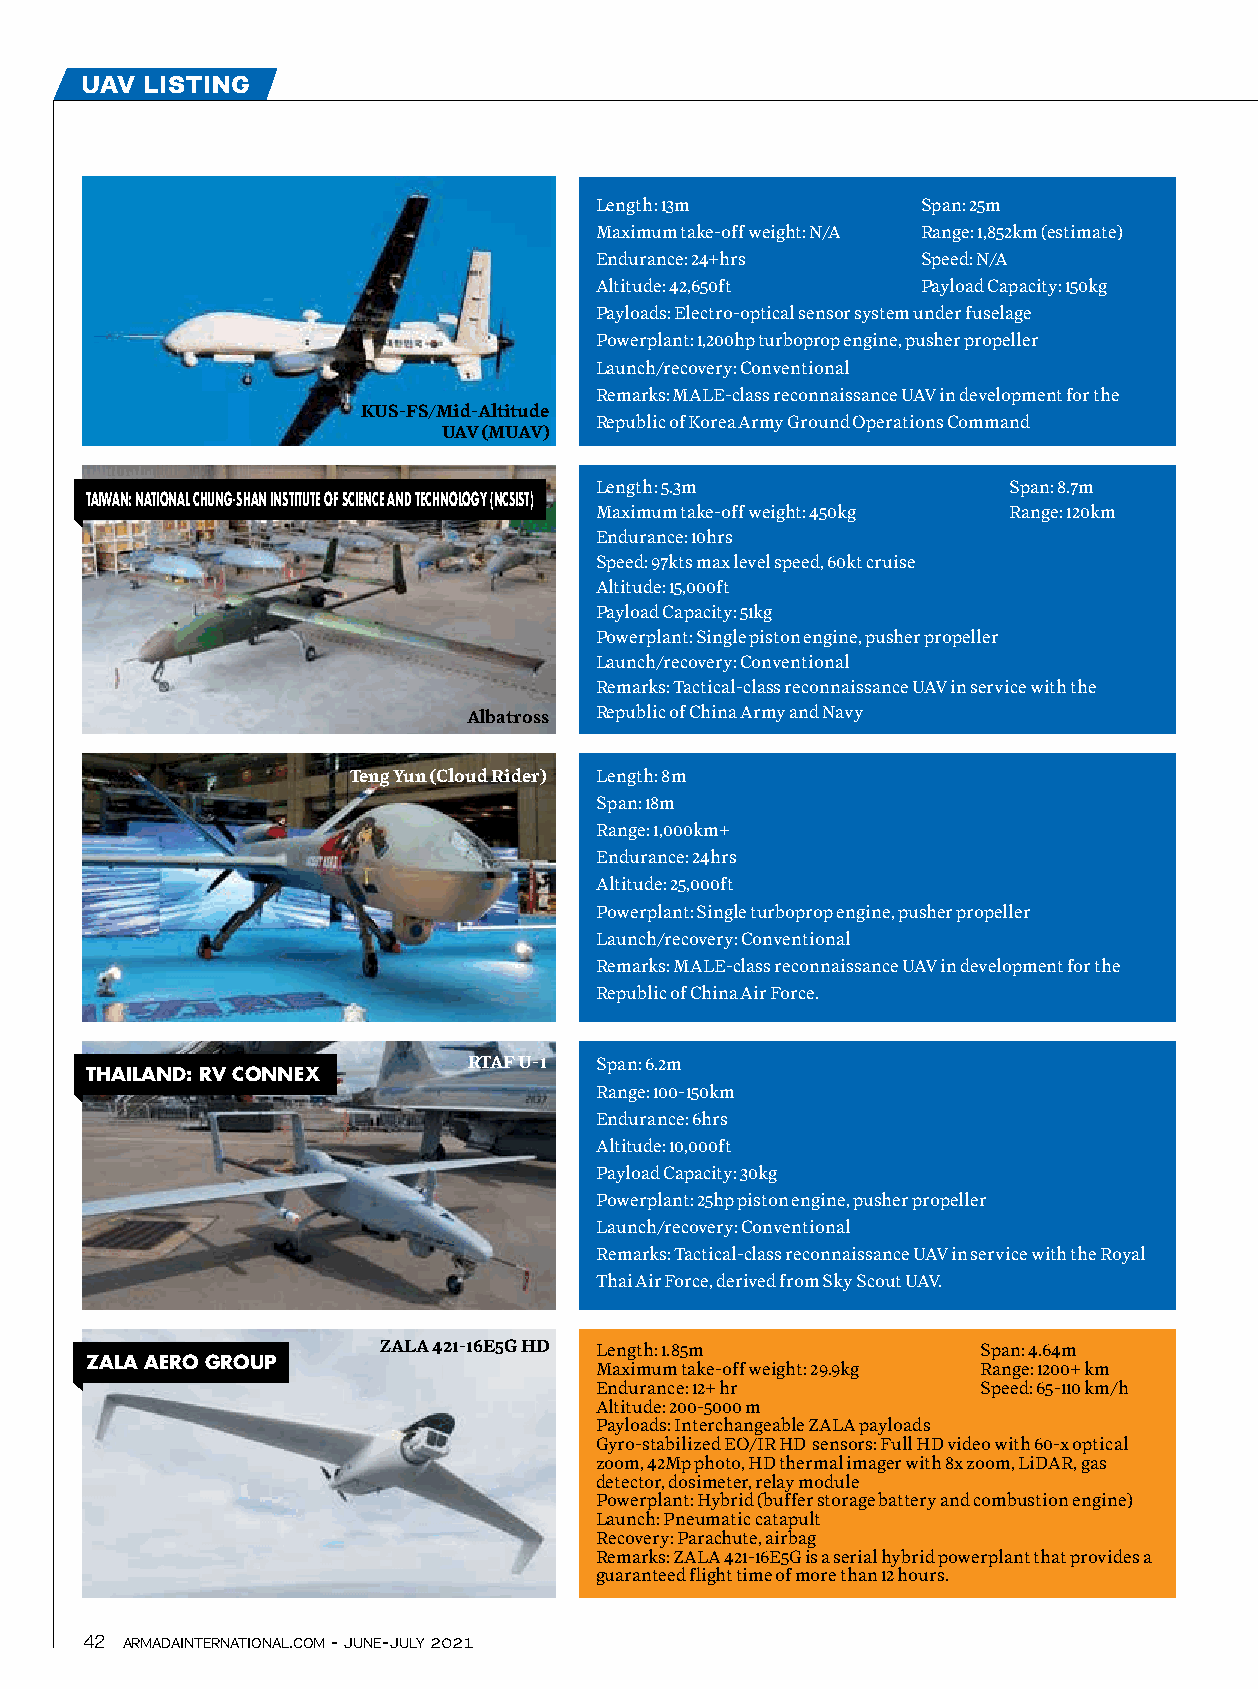
uav  listing
 Length: 13m           Span: 25m
 Maximum take-off weight: N/A Range: 1,852km (estimate)
 Endurance: 24+hrs     Speed: N/A
 Altitude: 42,650ft    Payload Capacity: 150kg
 Payloads: Electro-optical sensor system under fuselage
 Powerplant: 1,200hp turboprop engine, pusher propeller
 Launch/recovery: Conventional
 Remarks: MALE-class reconnaissance UAV in development for the
 KUS-FS/Mid-Altitude
 Republic of Korea Army Ground Operations Command
 UAV (MUAV)
 Length: 5.3m                Span: 8.7m
 TaIWaN: NaTIoNaL cHUNG-SHaN INSTITUTE oF ScIENcE aNd TEcHNoLoGY (NcSIST)
 Maximum take-off weight: 450kg Range: 120km
 Endurance: 10hrs
 Speed: 97kts max level speed, 60kt cruise
 Altitude: 15,000ft
 Payload Capacity: 51kg
 Powerplant: Single piston engine, pusher propeller
 Launch/recovery: Conventional
 Remarks: Tactical-class reconnaissance UAV in service with the
 Albatross Republic of China Army and Navy
 Teng Yun (Cloud Rider) Length: 8m
 Span: 18m
 Range: 1,000km+
 Endurance: 24hrs
 Altitude: 25,000ft
 Powerplant: Single turboprop engine, pusher propeller
 Launch/recovery: Conventional
 Remarks: MALE-class reconnaissance UAV in development for the
 Republic of China Air Force.
 RTAF U-1 Span: 6.2m
 THaILaNd: RV coNNEX
 Range: 100-150km
 Endurance: 6hrs
 Altitude: 10,000ft
 Payload Capacity: 30kg
 Powerplant: 25hp piston engine, pusher propeller
 Launch/recovery: Conventional
 Remarks: Tactical-class reconnaissance UAV in service with the Royal
 Thai Air Force, derived from Sky Scout UAV.
 ZALA 421-16E5G HD Length: 1.85m         Span: 4.64m
 ZaLa aERo GRoUP
 Maximum take-off weight: 29.9kg Range: 1200+ km
 Endurance: 12+ hr         Speed: 65-110 km/h
 Altitude: 200-5000 m
 Payloads: Interchangeable ZALA payloads
 Gyro-stabilized EO/IR HD sensors: Full HD video with 60-x optical
 zoom, 42Mp photo, HD thermal imager with 8x zoom, LiDAR, gas
 detector, dosimeter, relay module
 Powerplant: Hybrid (buffer storage battery and combustion engine)
 Launch: Pneumatic catapult
 Recovery: Parachute, airbag
 Remarks: ZALA 421-16E5G is a serial hybrid powerplant that provides a
 guaranteed flight time of more than 12 hours.
 42 armadainternational.com - june-july 2021